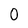
Character: 0